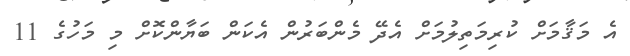
އެ މަޤާމަށް ކުރިމަތިލުމަށް އެދޭ މެންބަރުން އެކަން ބަޔާންކޮށް މި މަހުގެ 11